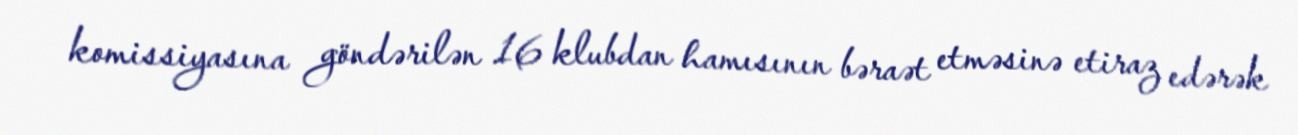
komissiyasına göndərilən 16 klubdan hamısının bəraət etməsinə etiraz edərək